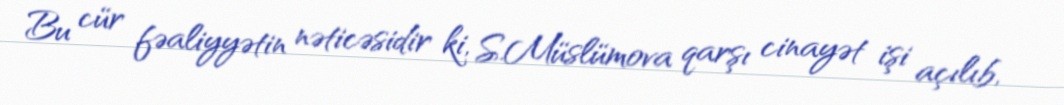
Bu cür fəaliyyətin nəticəsidir ki, S.Müslümova qarşı cinayət işi açılıb,